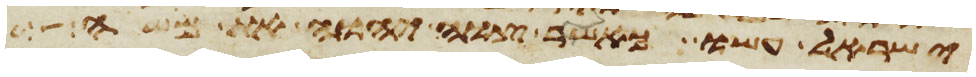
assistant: ישראל עשו כאשר צוה יהוה את משה